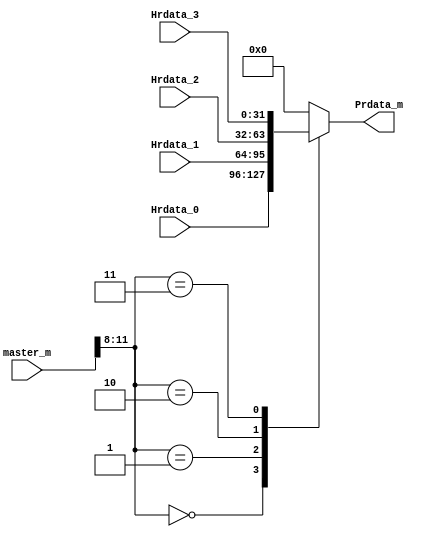
//-----------------------------------------------------------------------------------------------
//  Copyright    : 
//  File Name    : Multiplexor
//  Create       : 2020.12.13
//  Revise       : 2021.12.20
//  Description  : 
//-----------------------------------------------------------------------------------------------

module Multiplexor (Hrdata_0,Hrdata_1,Hrdata_2,Hrdata_3,master_m,Prdata_m);
input      [31:0] Hrdata_0;
input      [31:0] Hrdata_1;
input      [31:0] Hrdata_2;
input      [31:0] Hrdata_3;
input      [31:0] master_m;
output reg [31:0] Prdata_m;

reg[3:0] addr_m;

always @(*) begin
    addr_m = master_m[11:8];
    case (addr_m)
        4'h0:       Prdata_m = Hrdata_0;
        4'h1:       Prdata_m = Hrdata_1;
        4'h2:       Prdata_m = Hrdata_2;
        4'h3:       Prdata_m = Hrdata_3;
        default:    Prdata_m = 32'h0;
    endcase
end

endmodule